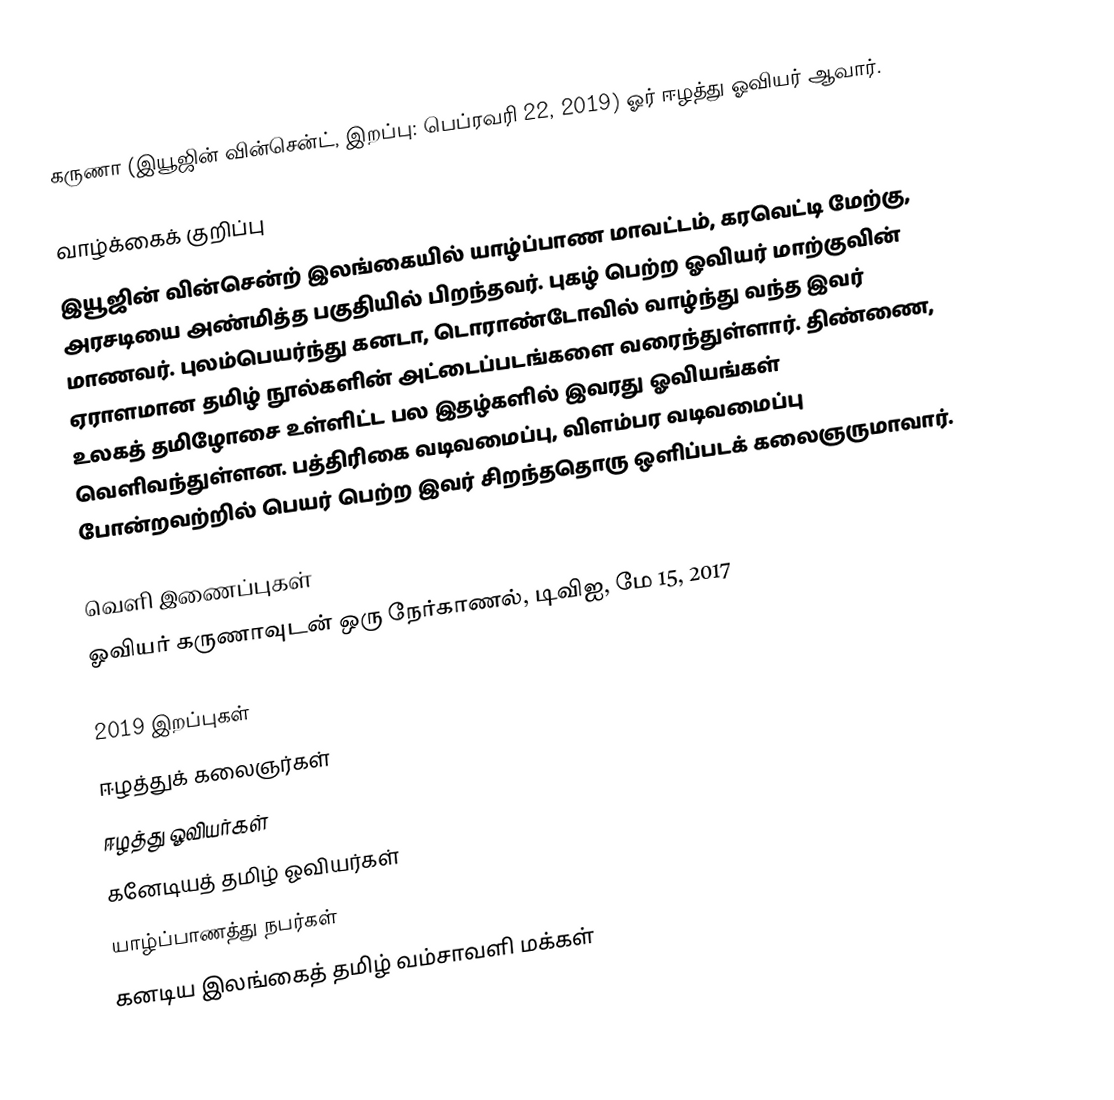
கருணா (இயூஜின் வின்சென்ட், இறப்பு: பெப்ரவரி 22, 2019) ஓர் ஈழத்து ஓவியர் ஆவார்.

வாழ்க்கைக் குறிப்பு
இயூஜின் வின்சென்ற் இலங்கையில் யாழ்ப்பாண மாவட்டம், கரவெட்டி மேற்கு, அரசடியை அண்மித்த பகுதியில் பிறந்தவர். புகழ் பெற்ற ஓவியர் மாற்குவின் மாணவர். புலம்பெயர்ந்து கனடா, டொராண்டோவில் வாழ்ந்து வந்த இவர் ஏராளமான தமிழ் நூல்களின் அட்டைப்படங்களை வரைந்துள்ளார். திண்ணை, உலகத் தமிழோசை உள்ளிட்ட பல இதழ்களில் இவரது ஓவியங்கள் வெளிவந்துள்ளன. பத்திரிகை வடிவமைப்பு, விளம்பர வடிவமைப்பு போன்றவற்றில் பெயர் பெற்ற இவர் சிறந்ததொரு ஒளிப்படக் கலைஞருமாவார்.

வெளி இணைப்புகள்
ஓவியர் கருணாவுடன் ஒரு நேர்காணல், டிவிஐ, மே 15, 2017

2019 இறப்புகள்
ஈழத்துக் கலைஞர்கள்
ஈழத்து ஓவியர்கள்
கனேடியத் தமிழ் ஓவியர்கள்
யாழ்ப்பாணத்து நபர்கள்
கனடிய இலங்கைத் தமிழ் வம்சாவளி மக்கள்